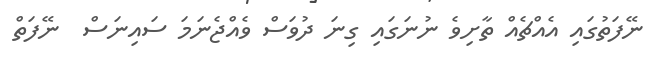
ނޭފަތުގައި އެއްޗެއް ތާށިވެ ނުނަގައި ގިނަ ދުވަސް ވެއްޖެނަމަ ސައިނަސް  ނޭފަތް